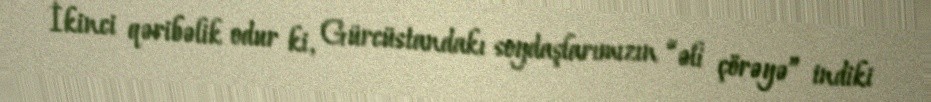
İkinci qəribəlik odur ki, Gürcüstandakı soydaşlarımızın “əli çörəyə” indiki